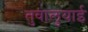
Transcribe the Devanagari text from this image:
तुवालुयाई